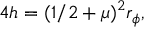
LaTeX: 4 h = ( 1 / 2 + \mu ) ^ { 2 } r _ { \phi } ,